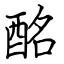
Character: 酩